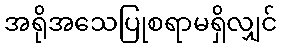
အရိုအသေပြုစရာမရှိလျှင်